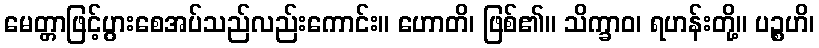
မေတ္တာဖြင့်ပွားစေအပ်သည်လည်းကောင်း။ ဟောတိ၊ ဖြစ်၏။ သိက္ခာဝ၊ ရဟန်းတို့။ ပဉ္စဟိ၊